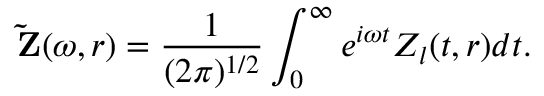
{ \bf \tilde { Z } } ( \omega , r ) = \frac { 1 } { ( 2 \pi ) ^ { 1 / 2 } } \int _ { 0 } ^ { \infty } e ^ { i \omega t } Z _ { l } ( t , r ) d t .